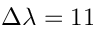
\Delta \lambda = 1 1